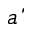
\acute { a }